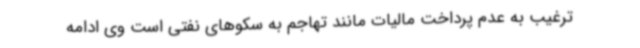
ترغیب به عدم پرداخت مالیات مانند تهاجم به سکوهای نفتی است وی ادامه